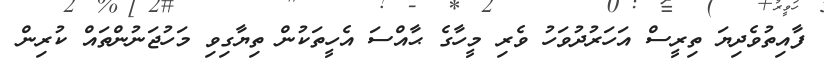
ފާއިތުވެދިޔަ ތިރީސް އަހަރުދުވަހު ވެރި މީހާގެ ޙާއްސަ އެހީތަކުން ތިޔާގިވި މަހުޖަނުންތައް ކުރިން